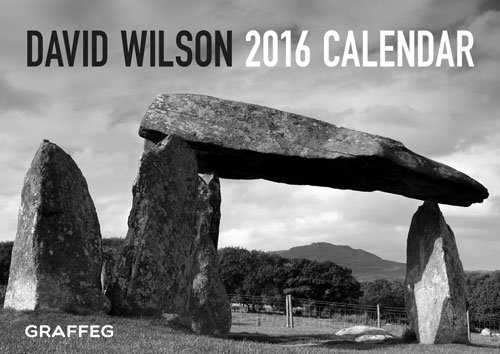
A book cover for David Wilson 2016 Calendar; David Wilson; Travel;